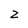
Character: z